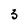
Character: 3